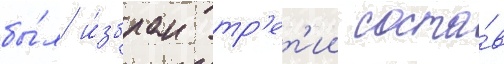
бы́л и́збран тр'ет'ии соста́в